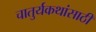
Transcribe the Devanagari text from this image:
चातुर्यकथांसाठी